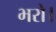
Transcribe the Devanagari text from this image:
भरो।